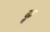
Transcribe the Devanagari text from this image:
कॢ